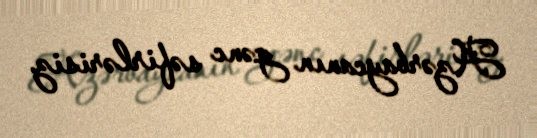
Azərbaycanın gənc səfirlərisiz.